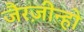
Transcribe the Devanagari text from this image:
जैरज़ीन्हो